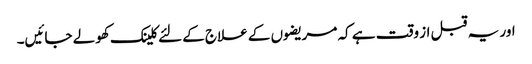
اور یہ قبل از وقت ہے کہ مریضوں کے علاج کے لئے کلینک کھولے جائیں۔